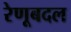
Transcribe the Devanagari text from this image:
रेणूबदल